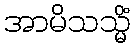
အာမိသသ္မိံ